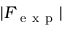
| F _ { \mathrm { ~ e ~ x ~ p ~ } } |